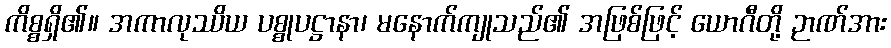
ကိစ္စရှိ၏။ အကာလုဿိယ ပစ္စုပဋ္ဌာနာ၊ မနောက်ကျုသည်၏ အဖြစ်ဖြင့် ယောဂီတို့ ဉာဏ်အား